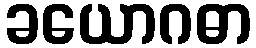
ခယောဂဓာ